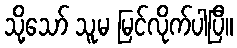
သို့သော် သူမ မြင်လိုက်ပါပြီ။